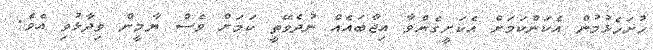
ހުށަހެޅުމުން އެކަންކަމަށް އެކަށީގެންވާ އިޖާބައެއް ނުދެވޭތީ ކަމަށް ވެސް ޔާމީން ވިދާޅުވި އެވެ.